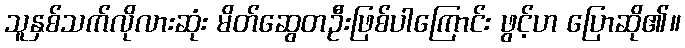
သူနှစ်သက်လိုလားဆုံး မိတ်ဆွေတဦးဖြစ်ပါကြောင်း ဖွင့်ဟ ပြောဆို၏။